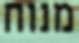
מנוח